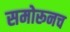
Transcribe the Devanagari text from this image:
समोरूनच